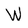
Character: W